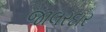
જાલરદાર